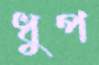
ধুপ